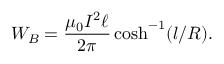
W _ { B } = \frac { \mu _ { 0 } I ^ { 2 } \ell } { 2 \pi } \cosh ^ { - 1 } ( l / R ) .